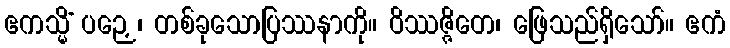
ဧကသ္မိံ ပဉှေ၊ တစ်ခုသောပြဿနာကို။ ဝိဿဇ္ဇိတေ၊ ဖြေသည်ရှိသော်။ ဧကံ